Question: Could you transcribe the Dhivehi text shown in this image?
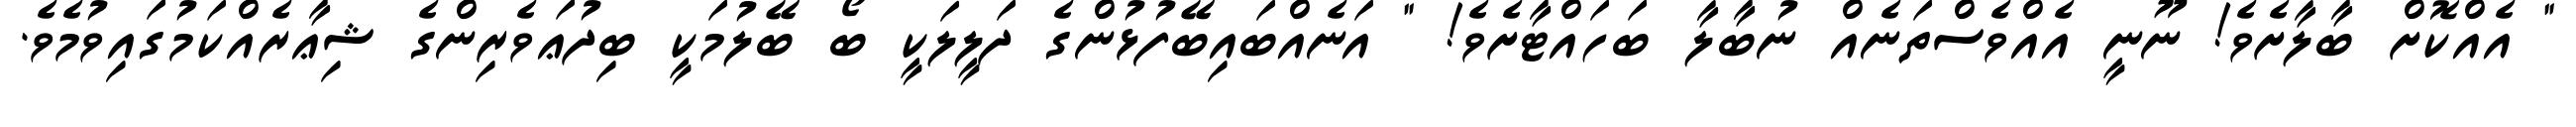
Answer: " އެއްކޮށް ބާލާށެވެ! ނޫނީ އެއްވެސްތަނެއް ނުބާލާ ބަހައްޓާށެވެ! " އަނެއްބައިބޭފުޅުންގެ ދަލީލަކީ ބޯ ބޭލުމަކީ ބިދުޢަވެރިންގެ ޝިޢާރެއްކަމުގައިވުމެވެ.